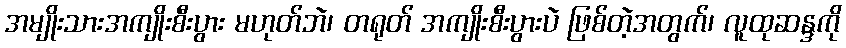
အမျိုးသားအကျိုးစီးပွား မဟုတ်ဘဲ၊ တရုတ် အကျိုးစီးပွားပဲ ဖြစ်တဲ့အတွက်၊ လူထုဆန္ဒကို